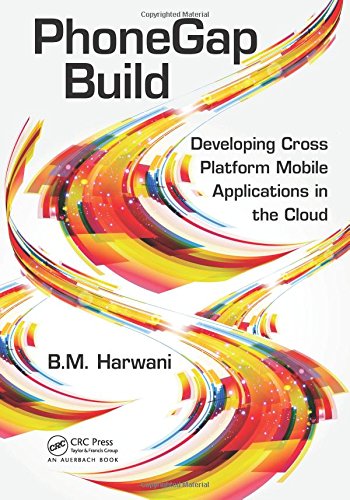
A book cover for PhoneGap Build: Developing Cross Platform Mobile Applications in the Cloud; Bintu Harwani; Computers & Technology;